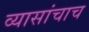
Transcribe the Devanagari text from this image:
व्यासांचाच